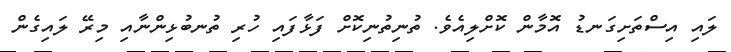
ލައި އިސްތަށިގަނޑު އޮމާން ކޮށްލިއެވެ. ތުނިތުނިކޮށް ފަޅާފައި ހުރި ތުނބުޅިންނާއި މިރޭ ލައިގެން